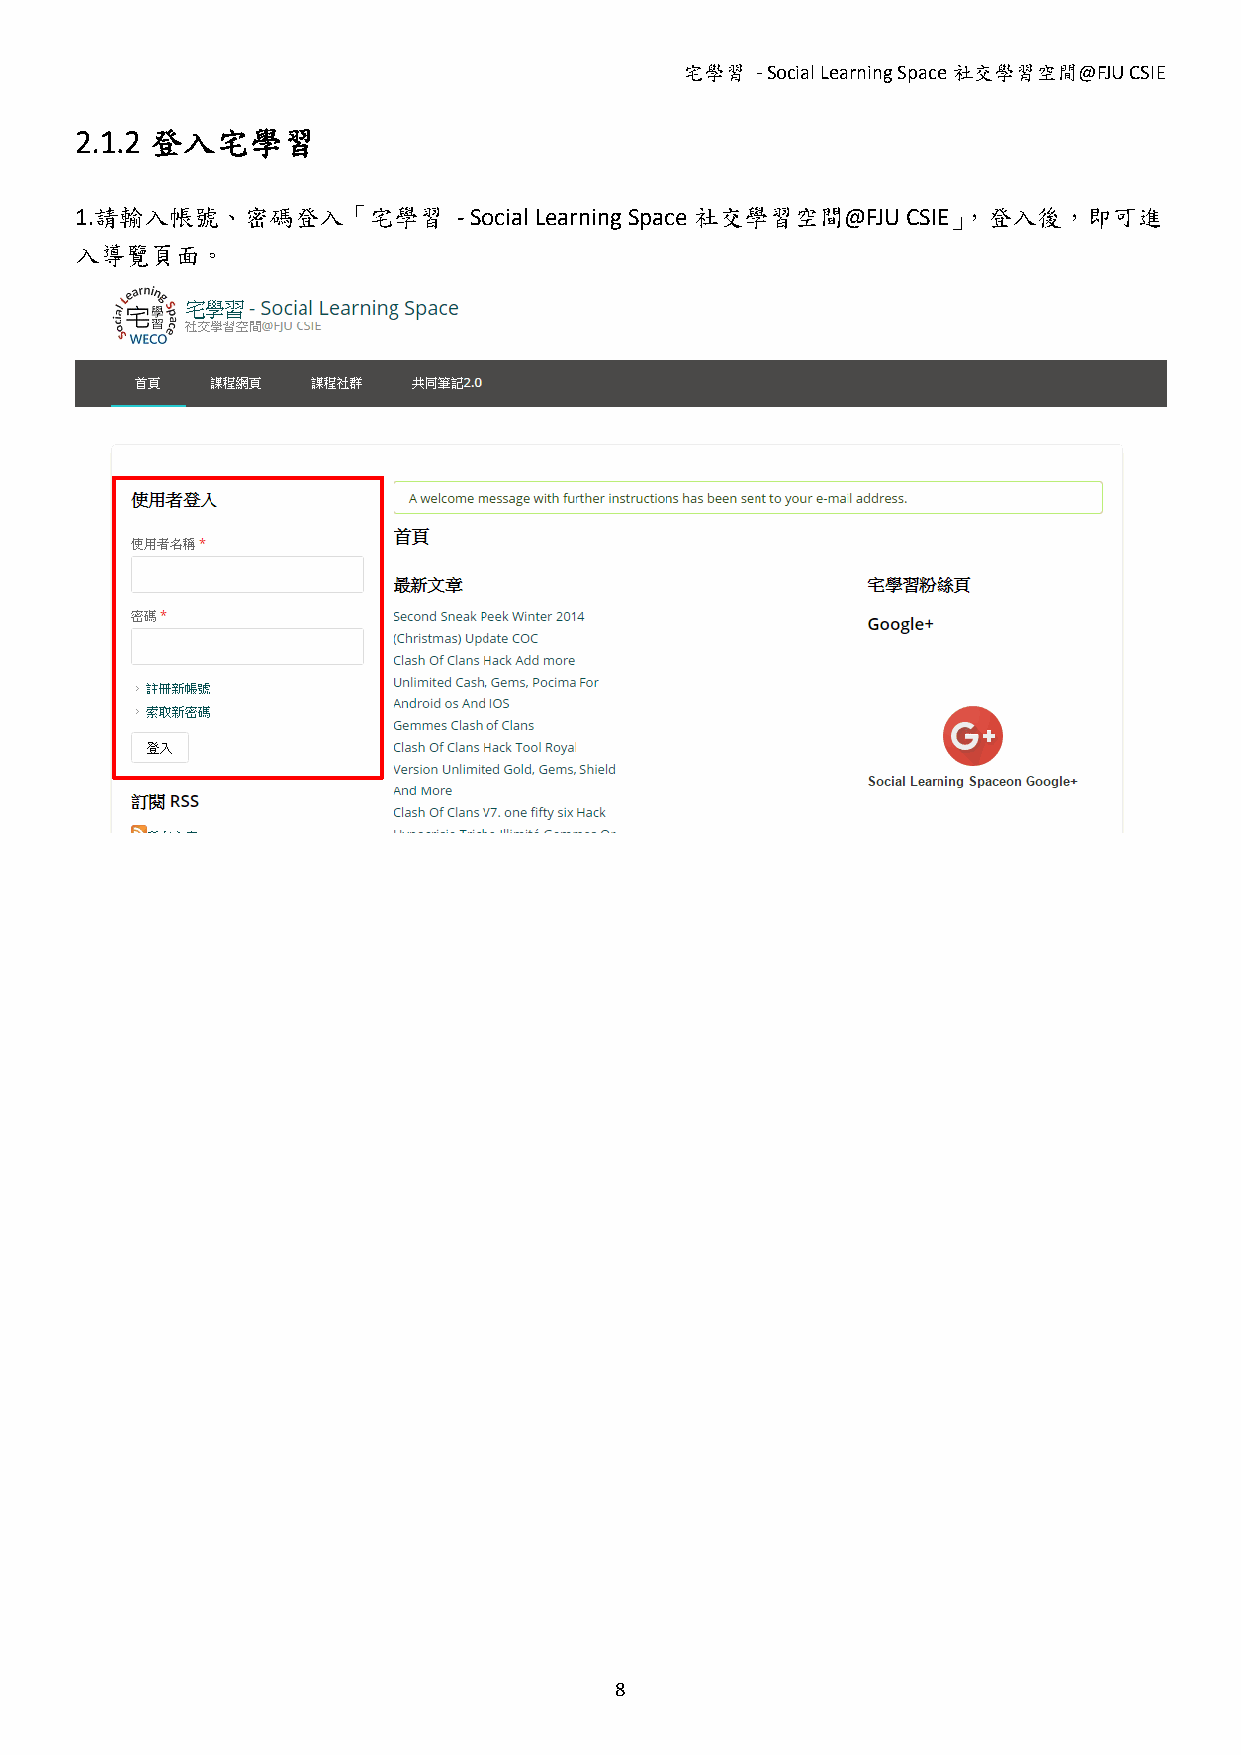
宅學習  - Social Learning Space社交學習空間@FJU CSIE
 2.1.2 登入宅學習
 1.請輸入帳號、密碼登入「宅學習         - Social Learning Space 社交學習空間@FJU CSIE」，登入後，即可進
 入導覽頁面。
 8